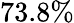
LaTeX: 73.8\%